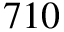
7 1 0